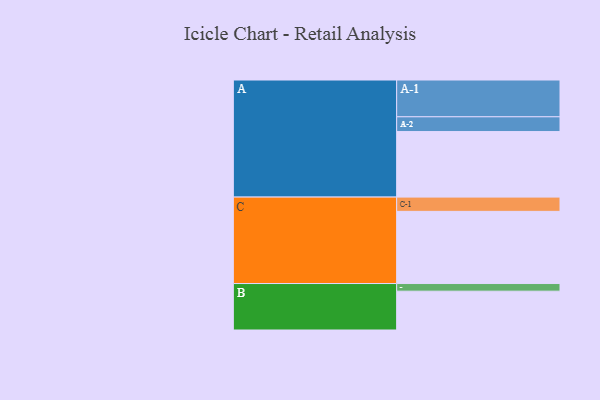
{"axis": {"x": "Segment", "y": "Value"}, "legend": ["", "A", "B", "C"], "data": [{"x": "A", "y": 515, "type": ""}, {"x": "B", "y": 305, "type": ""}, {"x": "C", "y": 567, "type": ""}, {"x": "A-1", "y": 289, "type": "A"}, {"x": "A-2", "y": 116, "type": "A"}, {"x": "B-1", "y": 60, "type": "B"}, {"x": "C-1", "y": 112, "type": "C"}]}